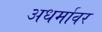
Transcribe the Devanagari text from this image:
अधर्मावर